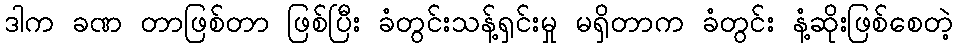
ဒါက ခဏ တာဖြစ်တာ ဖြစ်ပြီး ခံတွင်းသန့်ရှင်းမှု မရှိတာက ခံတွင်း နံ့ဆိုးဖြစ်စေတဲ့